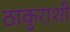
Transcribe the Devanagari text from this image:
ठाकुराशी